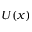
U ( x )